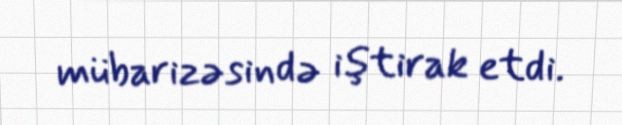
mübarizəsində iştirak etdi.